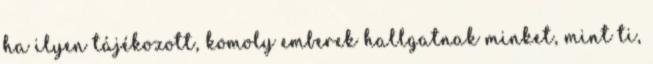
ha ilyen tájékozott, komoly emberek hallgatnak minket, mint ti,